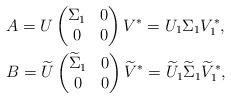
LaTeX: \begin{align*}&A=U\begin{pmatrix}\Sigma_{1} & 0 \\0 & 0\end{pmatrix}V^{\ast}=U_{1}\Sigma_{1}V_{1}^{\ast},\\&B=\widetilde{U}\begin{pmatrix}\widetilde{\Sigma}_{1} & 0 \\0 & 0\end{pmatrix}\widetilde{V}^{\ast}=\widetilde{U}_{1}\widetilde{\Sigma}_{1}\widetilde{V}_{1}^{\ast},\end{align*}